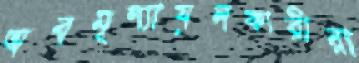
অবমূল্যায়নকারীরা